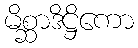
မိစ္ဆာဒိဋ္ဌိကော